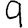
Digit: 9